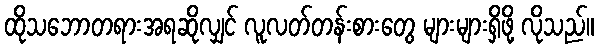
ထိုသဘောတရားအရဆိုလျှင် လူလတ်တန်းစားတွေ များများရှိဖို့ လိုသည်။